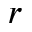
r